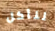
لنأكل